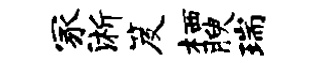
冢淅笈栖腴瑞